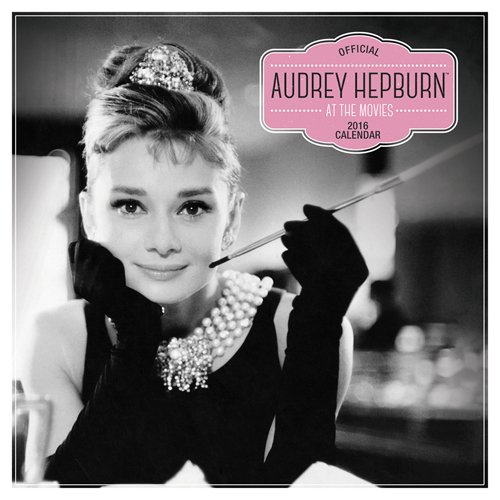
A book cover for Audrey Hepburn at the Movies 2016 Square 12x12 Pyramid; Browntrout Publishers; Calendars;